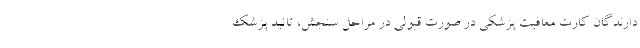
دارندگان کارت معافیت پزشکی در صورت قبولی در مراحل سنجش، تائید پزشک